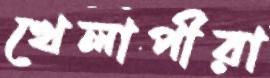
খেলাপীরা